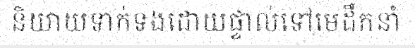
និយាយទាក់ទងដោយផ្ទាល់ទៅមេដឹកនាំ